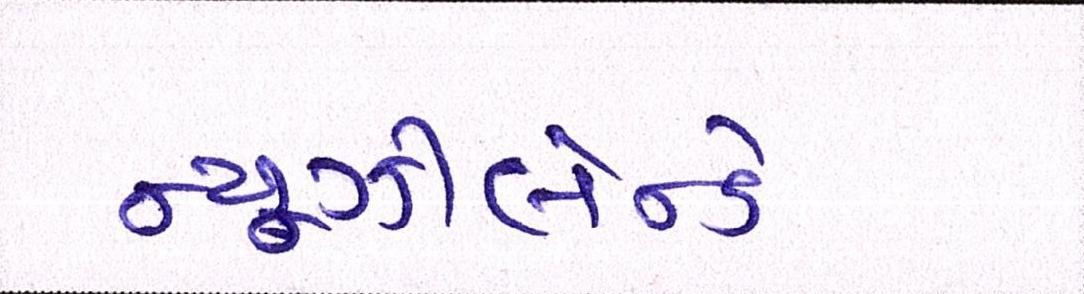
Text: ન્યૂઝીલેન્ડે